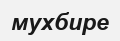
мухбире